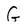
Character: G